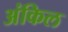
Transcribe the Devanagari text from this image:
अंकिल